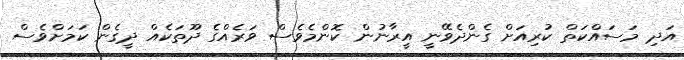
އަދި މަސައްކަތް ކުރިއަށް ގެންދެވޭނީ އީރާނުން ކޮންމެވެސް ވަރެއްގެ ދޫތަކެއް ދީގެން ކަމަށްވެސް